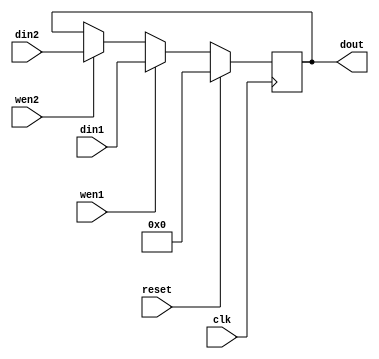
module reg2in
  #(
    parameter WIDTH=32
    )
   (
    input wire 	       clk,
    input wire 	       reset,
    input wire 	       wen1,
    input wire 	       wen2,
    input [WIDTH-1:0]  din1,
    input [WIDTH-1:0]  din2,
    output [WIDTH-1:0] dout
    );

   reg [WIDTH-1:0]     r;

   always @(posedge clk/*, posedge reset*/)
     begin
	if (reset)
	  r<= 0;
	else if (wen1)
	  r<= din1;
	else if (wen2)
	  r<= din2;
     end

   assign dout= r;
   
endmodule // reg2in